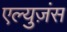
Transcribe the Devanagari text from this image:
एल्युज़ंस